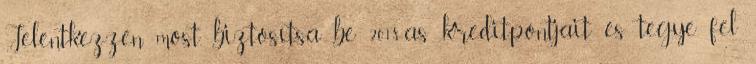
Jelentkezzen most, biztosítsa be 2018-as kreditpontjait és tegye fel